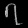
Digit: ၇